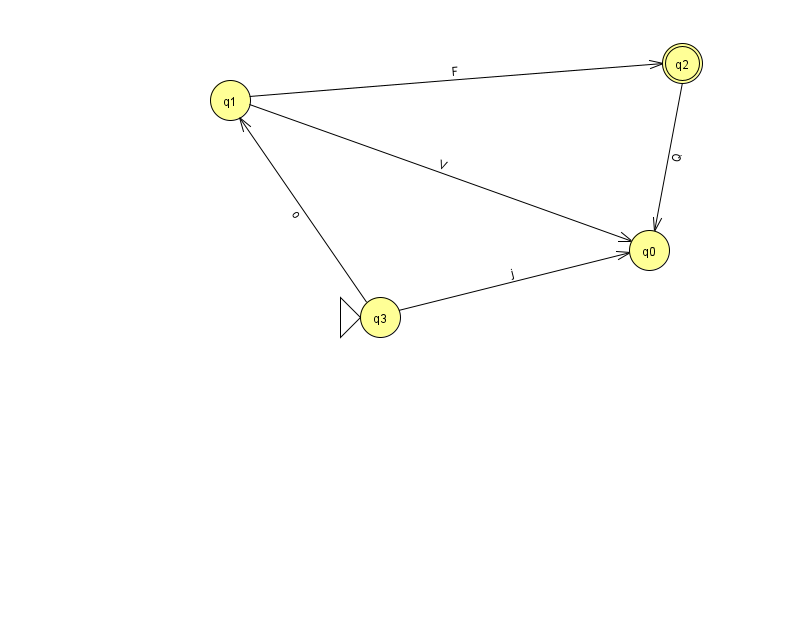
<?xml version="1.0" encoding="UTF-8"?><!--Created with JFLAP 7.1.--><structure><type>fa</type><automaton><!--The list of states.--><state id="0" name="q0"><x>649.0</x><y>237.0</y></state><state id="1" name="q1"><x>230.0</x><y>87.0</y></state><state id="2" name="q2"><x>682.0</x><y>50.0</y><final/></state><state id="3" name="q3"><x>380.0</x><y>304.0</y><initial/></state><!--The list of transitions.--><transition><from>1</from><to>0</to><read>V</read></transition><transition><from>2</from><to>0</to><read>Q</read></transition><transition><from>3</from><to>0</to><read>j</read></transition><transition><from>1</from><to>2</to><read>F</read></transition><transition><from>3</from><to>1</to><read>o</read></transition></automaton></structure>